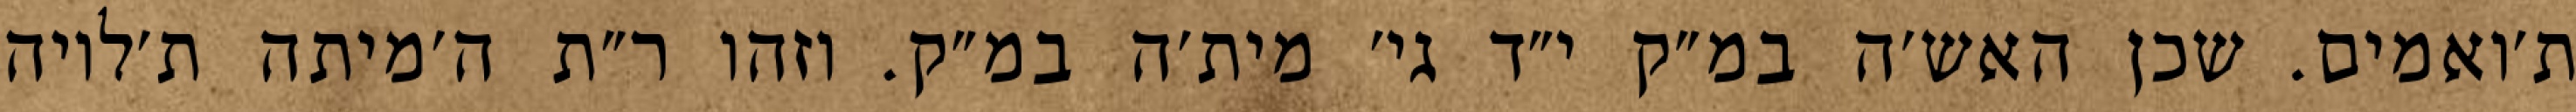
ת׳ואמים. שכן האש׳ה במ״ק י״ד גי׳ מית׳ה במ״ק. וזהו ר״ת ה׳מיתה ת׳לויה